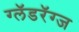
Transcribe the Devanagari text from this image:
ग्लॅडरॅग्ज